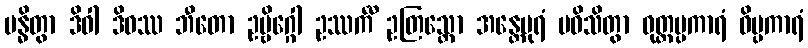
ဗန္ဓိတွာ ဒိဝါ ဒိဝဿ ဘီတော ဥဗ္ဗိဂ္ဂေါ ဥဿင်္ကီ ဥတြသ္တော အန္တေပုရံ ပဝိသိတွာ ဝုတ္တပ္ပကာရံ ဝိပ္ပကာရံ